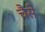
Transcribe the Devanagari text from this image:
चैसे